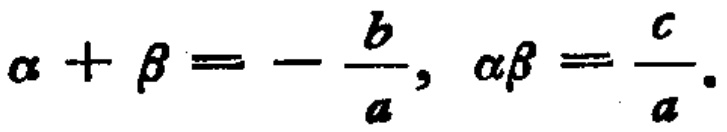
\(\alpha + \beta = - \frac{b}{a}, \alpha\beta = \frac{c}{a}.\)